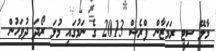
މާލޭ ސިޓީ ރަމަޒާން ފްރެޝް 2013 ގެ ނަމުގައި މުލަ ރޯދަ ދުވަހުން